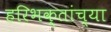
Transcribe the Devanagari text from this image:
हरिभक्तांच्या